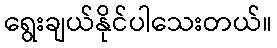
ရွေးချယ်နိုင်ပါသေးတယ်။